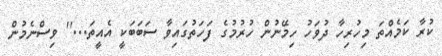
ކުރާ ކަމެއްތަ މިހުރިހާ ދުވަހު ހިމޭނުން ހުރުމުގެ ފަހަތުގައިވާ ސަބަބަކީ އެއީތަ...'' ވިސްނެމުން